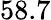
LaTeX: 58.7